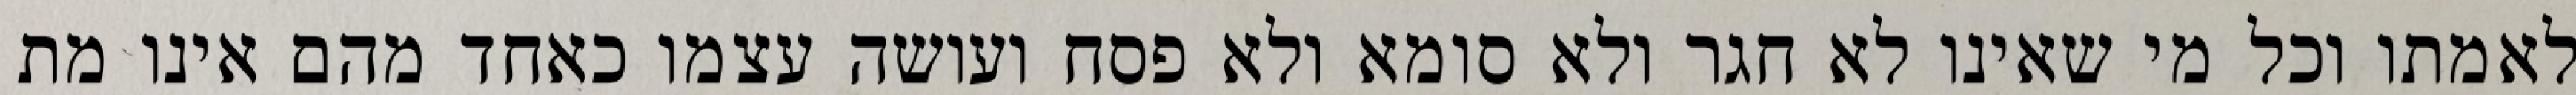
לאמתו וכל מי שאינו לא חגר ולא סומא ולא פסח ועושה עצמו כאחד מהם אינו מת